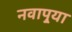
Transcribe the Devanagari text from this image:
नवापुर्‍या